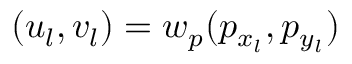
( u _ { l } , v _ { l } ) = w _ { p } ( p _ { x _ { l } } , p _ { y _ { l } } )